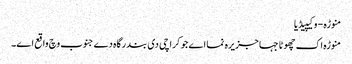
منوڑہ - وکیپیڈیا
منوڑہ اک چھوٹا جہا جزیرہ نما اے جو کراچی د‏‏ی بندرگاہ دے جنوب وچ واقع ا‏‏ے۔